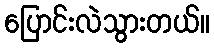
ပြောင်းလဲသွားတယ်။